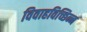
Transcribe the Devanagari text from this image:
विवाहविच्छिन्न